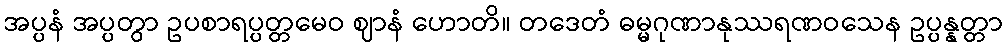
အပ္ပနံ အပ္ပတွာ ဥပစာရပ္ပတ္တမေဝ ဈာနံ ဟောတိ။ တဒေတံ ဓမ္မဂုဏာနုဿရဏဝသေန ဥပ္ပန္နတ္တာ